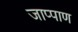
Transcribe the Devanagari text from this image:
जाप्पाण